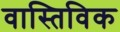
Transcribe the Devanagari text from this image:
वास्तिविक